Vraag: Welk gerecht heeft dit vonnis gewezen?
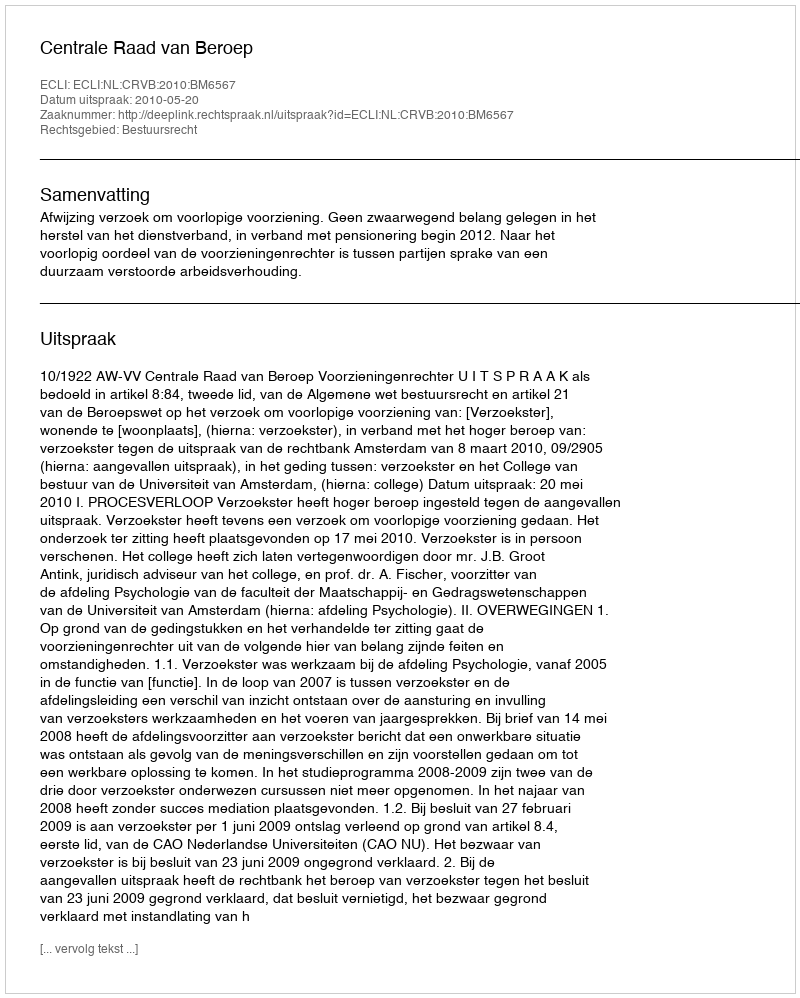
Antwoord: Centrale Raad van Beroep